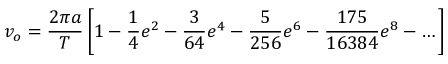
v _ { o } = { \frac { 2 \pi a } { T } } \left[ 1 - { \frac { 1 } { 4 } } e ^ { 2 } - { \frac { 3 } { 6 4 } } e ^ { 4 } - { \frac { 5 } { 2 5 6 } } e ^ { 6 } - { \frac { 1 7 5 } { 1 6 3 8 4 } } e ^ { 8 } - \dots \right]